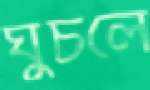
ঘুচলে